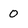
Character: 0